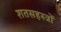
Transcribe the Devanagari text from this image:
शतसहस्त्रों